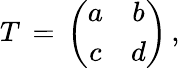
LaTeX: T\, =\, \left(\begin{array}{cc}{{a}}&{{b}}\\ {{c}}&{{d}}\end{array}\right)\, ,